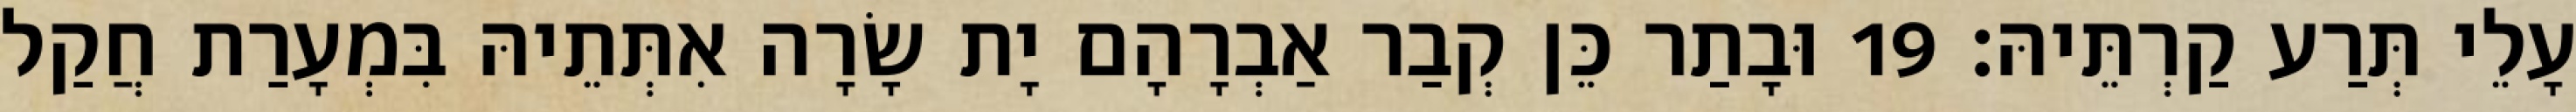
עָלֵי תְּרַע קַרְתֵּיהּ׃ 19 וּבָתַר כֵּן קְבַר אַבְרָהָם יָת שָׂרָה אִתְּתֵיהּ בִּמְעָרַת חֲקַל